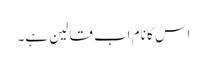
اس کا نام اب قالین ہے۔